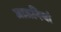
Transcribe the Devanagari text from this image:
जाऊनियां